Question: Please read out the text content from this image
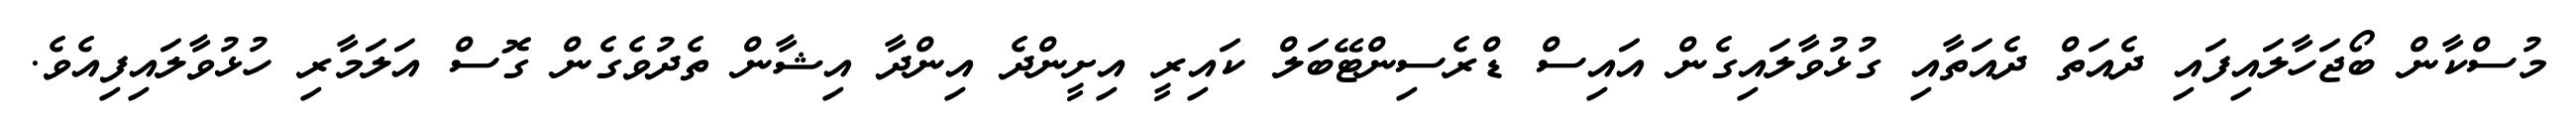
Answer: މުސްކާން ބޯޖަހާލައިފައި ދެއަތް ދެއަތާއި ގުޅުވާލައިގެން އައިސް ޑްރެސިންޓޭބަލް ކައިރީ އިށީންދެ އިންދާ އިޝާން ތެދުވެގެން ގޮސް އަލަމާރި ހުޅުވާލައިފިއެވެ.